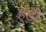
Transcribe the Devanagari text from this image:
हुड़ी